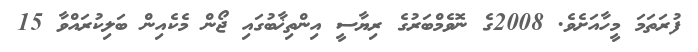
ފުރަތަމަ މީހާއަށެވެ. 2008ގެ ނޮވެމްބަރުގެ ރިޔާސީ އިންތިޚާބުގައި ޖޯން މެކެއިން ބަލިކުރައްވާ 15